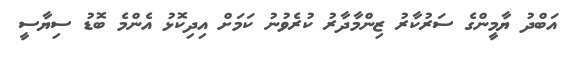
އަބްދު ޔާމީންގެ ސަރުކާރު ޒިންމާދާރު ކުރެވުނު ކަމަށް އިދިކޮޅު އެންމެ ބޮޑު ސިޔާސީ